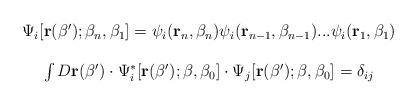
\begin{align*}\begin{array}{c}\Psi _i[ {\bf r}(\beta ^{\prime });\beta _n,\beta _1]=\psi _i({\bf r}_n,\beta _n)\psi_i({\bf r}_{n-1},\beta _{n-1})...\psi _i({\bf r}_1,\beta _1) \\ \\ \int D{\bf r}(\beta ^{\prime })\cdot \Psi _i^{*}[{\bf r}(\beta ^{\prime});\beta ,\beta _0]\cdot \Psi _j[{\bf r}(\beta ^{\prime });\beta ,\beta_0]=\delta _{ij} \end{array}\end{align*}